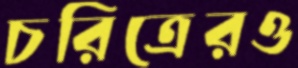
চরিত্রেরও